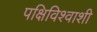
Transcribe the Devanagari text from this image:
पक्षिविश्वाशी